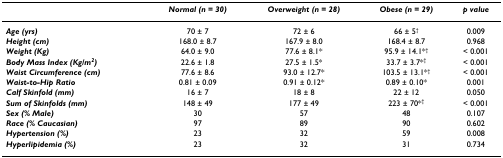
<table><thead><tr><td></td><td><b><i>Normal (n = 30)</i></b></td><td><b><i>Overweight (n = 28)</i></b></td><td><b><i>Obese (n = 29)</i></b></td><td><b><i>p value</i></b></td></tr></thead><tbody><tr><td><b><i>Age (yrs)</i></b></td><td>70 ± 7</td><td>72 ± 6</td><td>66 ± 5<sup>†</sup></td><td>0.009</td></tr><tr><td><b><i>Height (cm)</i></b></td><td>168.0 ± 8.7</td><td>167.9 ± 8.0</td><td>168.4 ± 8.7</td><td>0.968</td></tr><tr><td><b><i>Weight (Kg)</i></b></td><td>64.0 ± 9.0</td><td>77.6 ± 8.1*</td><td>95.9 ± 14.1*<sup>†</sup></td><td>&lt; 0.001</td></tr><tr><td><b><i>Body Mass Index (Kg/m<sup>2</sup>)</i></b></td><td>22.6 ± 1.8</td><td>27.5 ± 1.5*</td><td>33.7 ± 3.7*<sup>†</sup></td><td>&lt; 0.001</td></tr><tr><td><b><i>Waist Circumference (cm)</i></b></td><td>77.6 ± 8.6</td><td>93.0 ± 12.7*</td><td>103.5 ± 13.1*<sup>†</sup></td><td>&lt; 0.001</td></tr><tr><td><b><i>Waist-to-Hip Ratio</i></b></td><td>0.81 ± 0.09</td><td>0.91 ± 0.12*</td><td>0.89 ± 0.10*</td><td>0.001</td></tr><tr><td><b><i>Calf Skinfold (mm)</i></b></td><td>16 ± 7</td><td>18 ± 8</td><td>22 ± 12</td><td>0.050</td></tr><tr><td><b><i>Sum of Skinfolds (mm)</i></b></td><td>148 ± 49</td><td>177 ± 49</td><td>223 ± 70*<sup>†</sup></td><td>&lt; 0.001</td></tr><tr><td><b><i>Sex (% Male)</i></b></td><td>30</td><td>57</td><td>48</td><td>0.107</td></tr><tr><td><b><i>Race (% Caucasian)</i></b></td><td>97</td><td>89</td><td>90</td><td>0.602</td></tr><tr><td><b><i>Hypertension (%)</i></b></td><td>23</td><td>32</td><td>59</td><td>0.008</td></tr><tr><td><b><i>Hyperlipidemia (%)</i></b></td><td>23</td><td>32</td><td>31</td><td>0.734</td></tr></tbody></table>